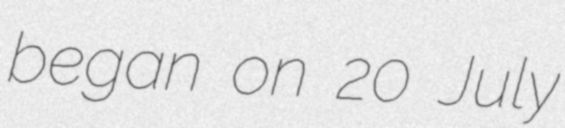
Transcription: began on 20 July